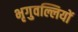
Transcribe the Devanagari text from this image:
भृगुवल्लियों